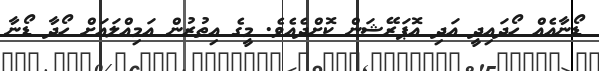
ޑޯނާއެއް ހޯދައިދީ އަދި އޮޕަރޭޝަން ކޮށްދެއެވެ. މީގެ އިތުރުން އަމިއްލައަށް ހޯދާ ޑޯނާ